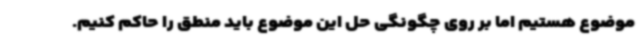
موضوع هستیم اما بر روی چگونگی حل این موضوع باید منطق را حاکم کنیم.